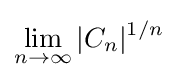
\lim _{n\to \infty }|C_{n}|^{1/n}